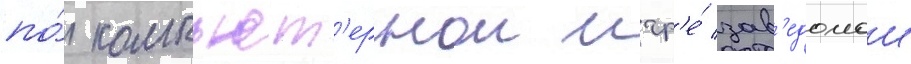
по́ компьют'ернои игр'е́ зав'едомои